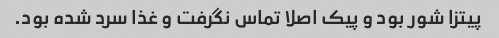
پیتزا شور بود و پیک اصلا تماس نگرفت و غذا سرد شده بود.